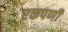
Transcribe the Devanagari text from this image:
एकपर्णी